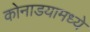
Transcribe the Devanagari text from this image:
कोनाडयामध्ये